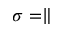
\sigma = \parallel